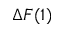
\Delta F ( 1 )